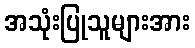
အသုံးပြုသူများအား